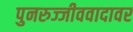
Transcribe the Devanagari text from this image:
पुनरुज्जीववादावर